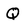
Character: Q